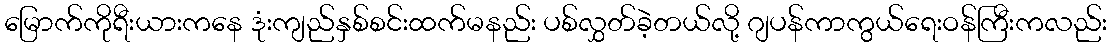
မြောက်ကိုရီးယားကနေ ဒုံးကျည်နှစ်စင်းထက်မနည်း ပစ်လွှတ်ခဲ့တယ်လို့ ဂျပန်ကာကွယ်ရေးဝန်ကြီးကလည်း